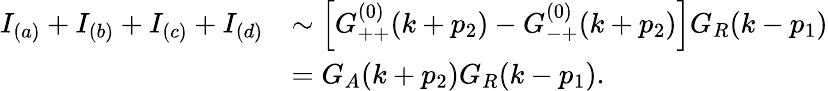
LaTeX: \begin{array}{ll}{{I_{(a)}+I_{(b)}+I_{(c)}+I_{(d)}}}&{{\sim\left[G_{++}^{(0)}(k+p_{2})-G_{-+}^{(0)}(k+p_{2})\right]G_{R}(k-p_{1})}}\\ {{{}}}&{{=G_{A}(k+p_{2})G_{R}(k-p_{1}).}}\end{array}